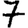
Digit: 7